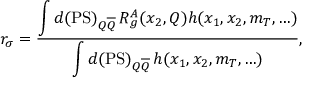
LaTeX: r _ { \sigma } = \frac { \displaystyle \int d ( \mathrm { P S } ) _ { Q \overline { { Q } } } \, R _ { g } ^ { A } ( x _ { 2 } , Q ) h ( x _ { 1 } , x _ { 2 } , m _ { T } , \ldots ) } { \displaystyle \int d ( \mathrm { P S } ) _ { Q \overline { { Q } } } \, h ( x _ { 1 } , x _ { 2 } , m _ { T } , \ldots ) } ,